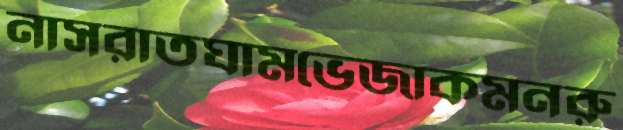
নাসরাতঘামভেজাকমনরু